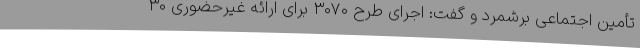
تأمین اجتماعی برشمرد و گفت: اجرای طرح ۳۰۷۰ برای ارائه غیرحضوری ۳۰